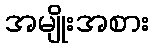
အမျိုးအစား